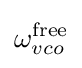
\omega _{vco}^{\text{free}}